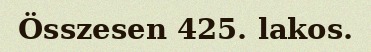
Összesen 425. lakos.